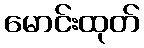
မောင်းထုတ်